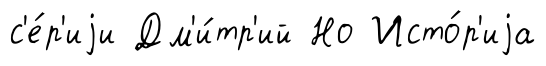
с'е́р'иjи Дм'и́тр'ий Но Исто́р'иjа